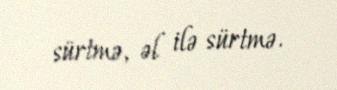
sürtmə, əl ilə sürtmə.